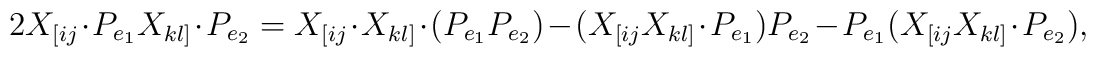
2 X_{[ij} \cdot P_{e_1}  X_{kl]} \cdot P_{e_2}=	 X_{[ij} \cdot  X_{kl]} \cdot( P_{e_1}  P_{e_2}) -	   (X_{[ij}X_{kl]} \cdot  P_{e_1})  P_{e_2}-	     P_{e_1} (X_{[ij} X_{kl]}\cdot P_{e_2}),